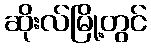
ဆိုးလ်မြို့တွင်